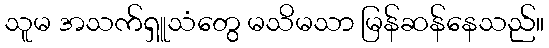
သူမ အသက်ရှူသံတွေ မသိမသာ မြန်ဆန်နေသည်။